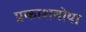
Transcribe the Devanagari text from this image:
प्रकाशबोया